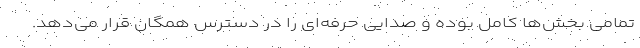
تمامی بخش‌ها کامل بوده و صدایی حرفه‌ای را در دسترس همگان قرار می‌دهد.